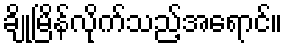
ချိုမြိန်လိုက်သည့်အရောင်။